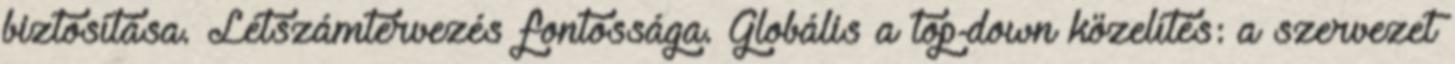
biztosítása. Létszámtervezés fontossága. Globális a top-down közelítés: a szervezet